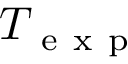
T _ { \mathrm { ~ e ~ x ~ p ~ } }